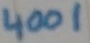
Text: 4001